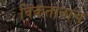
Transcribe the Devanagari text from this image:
विकतानाच